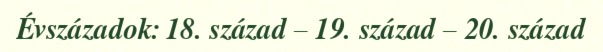
Évszázadok: 18. század – 19. század – 20. század